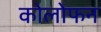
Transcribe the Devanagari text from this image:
कोलोफन